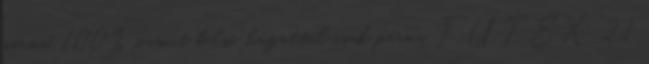
párna, 100% pamut belső huzattal csak párna FŰTEX 2,1